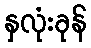
နှလုံးခုန်